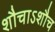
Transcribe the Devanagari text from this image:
शौचाऽशौच